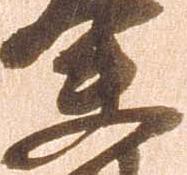
夫